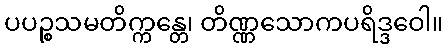
ပပဉ္စသမတိက္ကန္တေ၊ တိဏ္ဏသောကပရိဒ္ဒဝေါ။